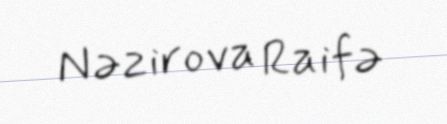
Nəzirova Raifə